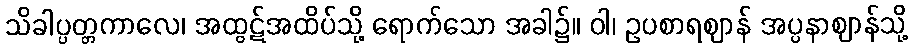
သိခါပ္ပတ္တကာလေ၊ အထွဋ်အထိပ်သို့ ရောက်သော အခါ၌။ ဝါ၊ ဥပစာရဈာန် အပ္ပနာဈာန်သို့